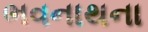
ભવનાથના